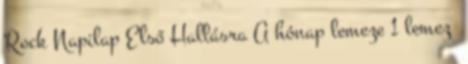
Rock Napilap Első Hallásra A hónap lemeze 1 lemez